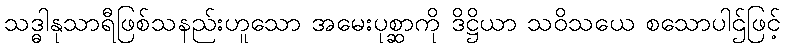
သဒ္ဓါနုသာရီဖြစ်သနည်းဟူသော အမေးပုစ္ဆာကို ဒိဋ္ဌိယာ သဝိသယေ စသောပါဌ်ဖြင့်